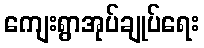
ကျေးရွာအုပ်ချုပ်ရေး